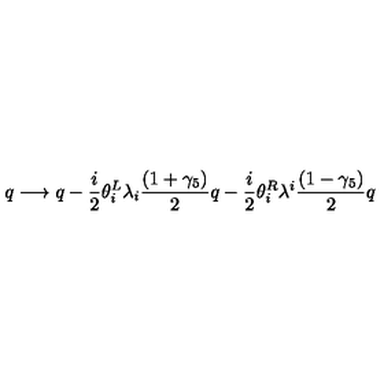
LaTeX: q \longrightarrow q - { \frac { i } { 2 } } \theta _ { i } ^ { L } \lambda _ { i } { \frac { ( 1 + \gamma _ { 5 } ) } { 2 } } q - { \frac { i } { 2 } } \theta _ { i } ^ { R } \lambda ^ { i } { \frac { ( 1 - \gamma _ { 5 } ) } { 2 } } q